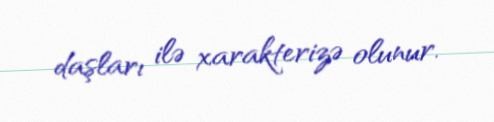
daşları ilə xarakterizə olunur.